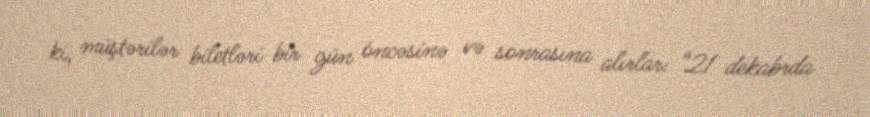
ki, müştərilər biletləri bir gün öncəsinə və sonrasına alırlar: “21 dekabrda